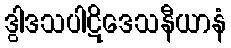
ဒွါဒသပါဋိဒေသနီယာနံ